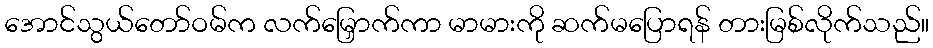
အောင်သွယ်တော်ဝမ်က လက်မြှောက်ကာ မာမားကို ဆက်မပြောရန် တားမြစ်လိုက်သည်။